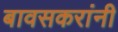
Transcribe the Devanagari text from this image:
बावसकरांनी